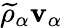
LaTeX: \widetilde{\rho}_{\alpha}\mathbf{v}_{\alpha}